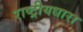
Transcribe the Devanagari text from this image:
राष्ट्रीयधारा